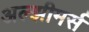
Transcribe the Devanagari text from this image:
अल्झीमर्स